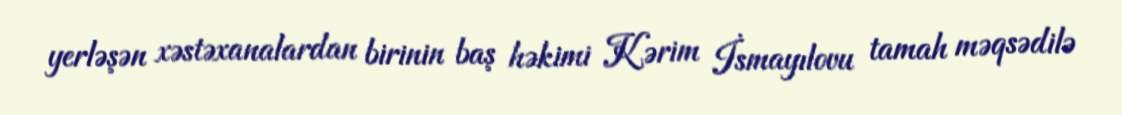
yerləşən xəstəxanalardan birinin baş həkimi Kərim İsmayılovu tamah məqsədilə